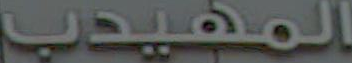
المهيدب